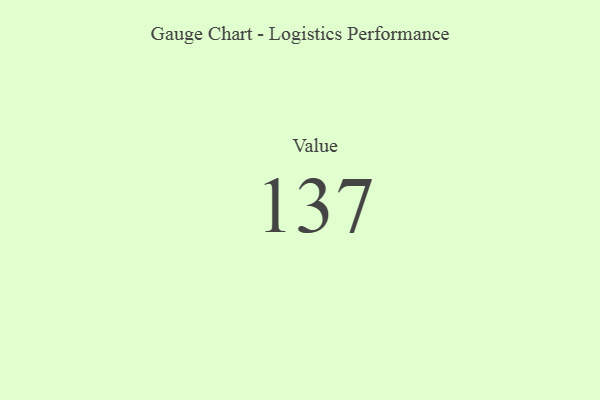
{"axis": {"x": "Metric", "y": "Value"}, "legend": [""], "data": [{"x": "Value", "y": 137, "type": ""}]}